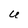
Character: U